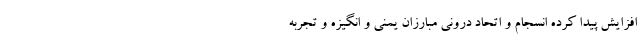
افزایش پیدا کرده انسجام و اتحاد درونی مبارزان یمنی و انگیزه و تجربه